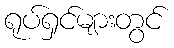
ရုပ်ရှင်များတွင်